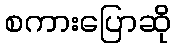
စကားပြောဆို